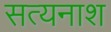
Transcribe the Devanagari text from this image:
सत्यनाश